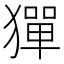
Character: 㺗